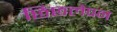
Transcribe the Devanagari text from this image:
छिछलेपन